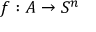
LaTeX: f : A \to S ^ { n }